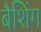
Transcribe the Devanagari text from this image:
बैशिंग